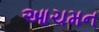
આચમન